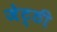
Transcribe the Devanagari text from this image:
जेट्ठी